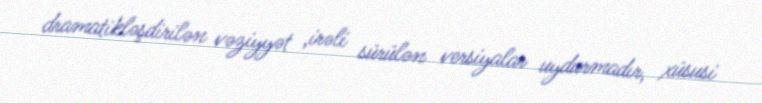
dramatikləşdirilən vəziyyət ,irəli sürülən versiyalar uydurmadır, xüsusi